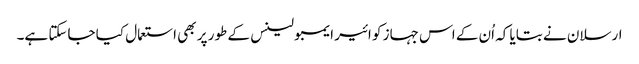
ارسلان نے بتایا کہ اُن کے اس جہاز کو ائیر ایمبولینس کے طور پر بھی استعمال کیا جاسکتا ہے۔